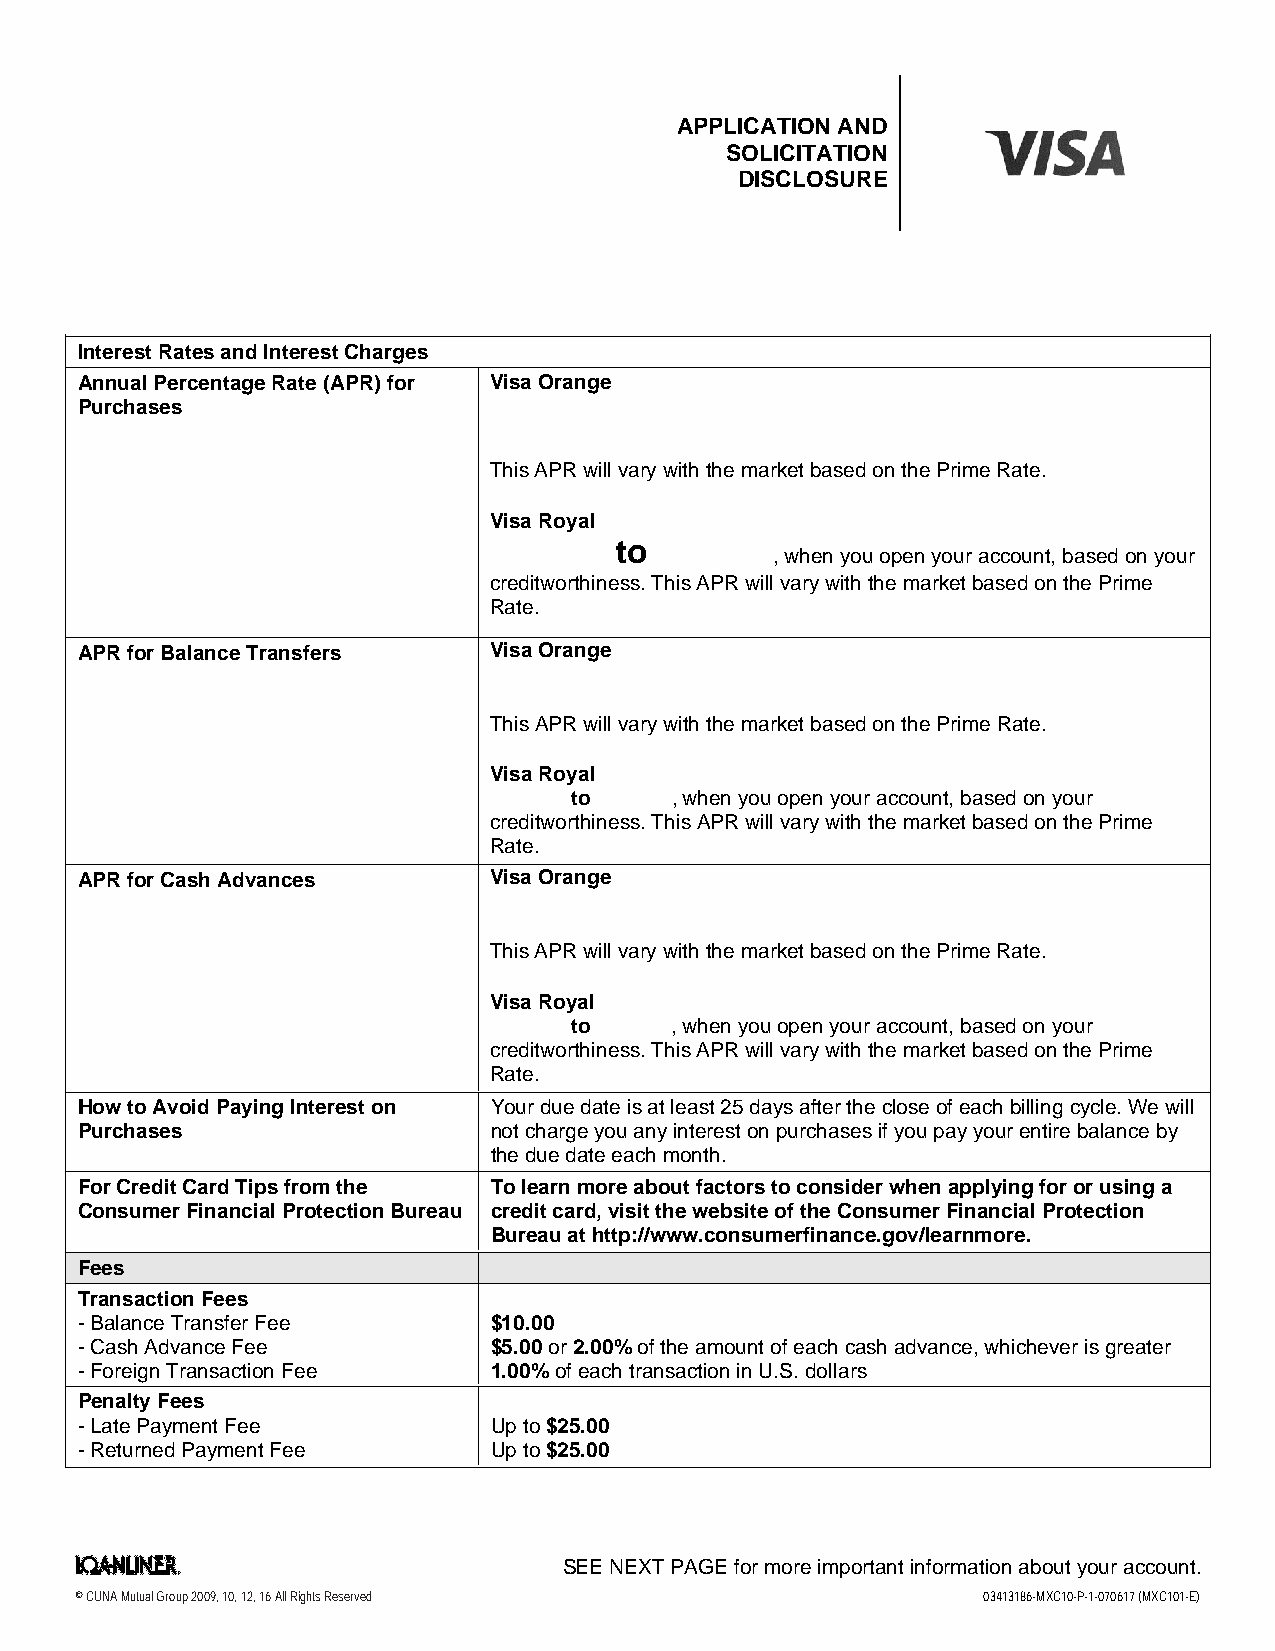
APPLICATION AND
 VISA
 SOLICITATION
 DISCLOSURE
 Interest Rates and Interest Charges
 Annual Percentage Rate (APR) for Visa Orange
 Purchases
 This APR will vary with the market based on the Prime Rate.
 Visa Royal
 to        , when you open your account, based on your
 creditworthiness. This APR will vary with the market based on the Prime
 Rate.
 APR for Balance Transfers  Visa Orange
 This APR will vary with the market based on the Prime Rate.
 Visa Royal
 to    , when you open your account, based on your
 creditworthiness. This APR will vary with the market based on the Prime
 Rate.
 APR for Cash Advances      Visa Orange
 This APR will vary with the market based on the Prime Rate.
 Visa Royal
 to    , when you open your account, based on your
 creditworthiness. This APR will vary with the market based on the Prime
 Rate.
 How to Avoid Paying Interest on Your due date is at least 25 days after the close of each billing cycle. We will
 Purchases                   not charge you any interest on purchases if you pay your entire balance by
 the due date each month.
 For Credit Card Tips from the To learn more about factors to consider when applying for or using a
 Consumer Financial Protection Bureau credit card, visit the website of the Consumer Financial Protection
 Bureau at http://www.consumerfinance.gov/learnmore.
 Fees
 Transaction Fees
 -Balance Transfer Fee       $10.00
 -Cash Advance Fee           $5.00 or 2.00% of the amount of each cash advance, whichever is greater
 -Foreign Transaction Fee    1.00% of each transaction in U.S. dollars
 Penalty Fees
 -Late Payment Fee           Up to $25.00
 -Returned Payment Fee       Up to $25.00
 latrNIIJNB.                     SEE NEXT PAGE for more important information about your account.
 © CUNA Mutual Group 2009, 10, 12, 16 All Rights Reserved    03413186-MXC10-P-1-070617 (MXC101-E)